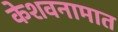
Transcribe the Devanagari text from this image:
केशवनामात